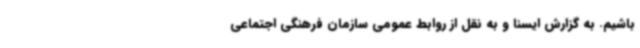
باشیم. به گزارش ایسنا و به نقل از روابط عمومی سازمان فرهنگی اجتماعی